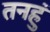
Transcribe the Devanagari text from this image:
तनहुं